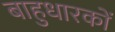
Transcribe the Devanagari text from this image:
बाहुधारकों